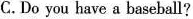
C. Do you have a baseball?